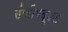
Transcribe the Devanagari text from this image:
उंचीबद्दल